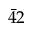
\bar { 4 } 2